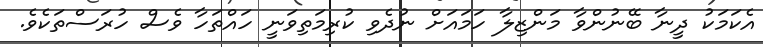
އެކަމަކު ދީނާ ބޭނުންވާ މަންޒިލާ ހަމައަށް ނުދެވި ކުރިމަތިވަނީ ހައްތަހާ ވެސް ހުރަސްތަކެވެ.